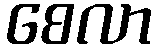
စေလာ